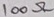
Text: 100Ω